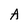
Character: A